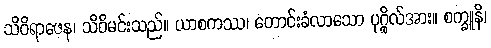
သိဝိရာဇေန၊ သိဝိမင်းသည်။ ယာစကဿ၊ တောင်းခံလာသော ပုဂ္ဂိုလ်အား။ စက္ခူနိ၊